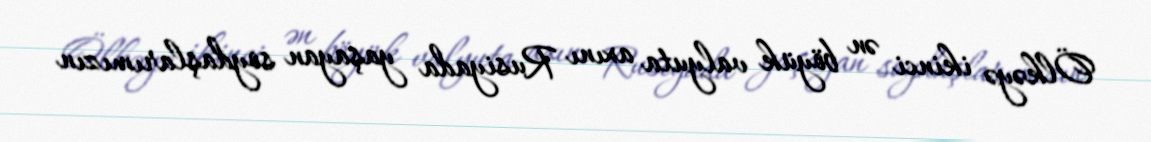
Ölkəyə ikinci ən böyük valyuta axını Rusiyada yaşayan soydaşlarımızın